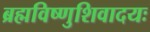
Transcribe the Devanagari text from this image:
ब्रह्मविष्णुशिवादयः